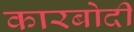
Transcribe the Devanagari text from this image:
कारबोदी